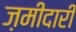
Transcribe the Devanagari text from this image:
ज़मीदारी